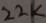
Text: 22K